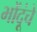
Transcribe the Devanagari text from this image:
भोंदूंचे